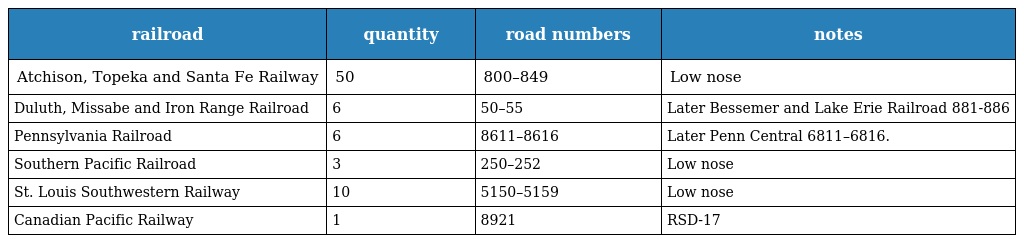
| railroad | quantity | road numbers | notes |
 | --- | --- | --- | --- |
 | Atchison, Topeka and Santa Fe Railway | 50 | 800–849 | Low nose |
 | Duluth, Missabe and Iron Range Railroad | 6 | 50–55 | Later Bessemer and Lake Erie Railroad 881-886 |
 | Pennsylvania Railroad | 6 | 8611–8616 | Later Penn Central 6811–6816. |
 | Southern Pacific Railroad | 3 | 250–252 | Low nose |
 | St. Louis Southwestern Railway | 10 | 5150–5159 | Low nose |
 | Canadian Pacific Railway | 1 | 8921 | RSD-17 |